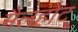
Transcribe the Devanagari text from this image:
मैलहोट